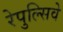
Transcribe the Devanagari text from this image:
रेपुल्सिवे